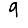
Digit: 9